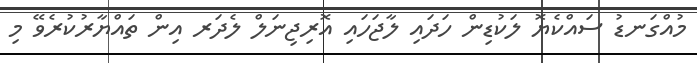
މުއްގަނޑު ސައްކެޔޮ ލަކުޑިން ހަދައި ލާޖަހައި އޮރިޖިނަލް ލެދަރ އިން ތައްޔާރުކުރެވޭ މި